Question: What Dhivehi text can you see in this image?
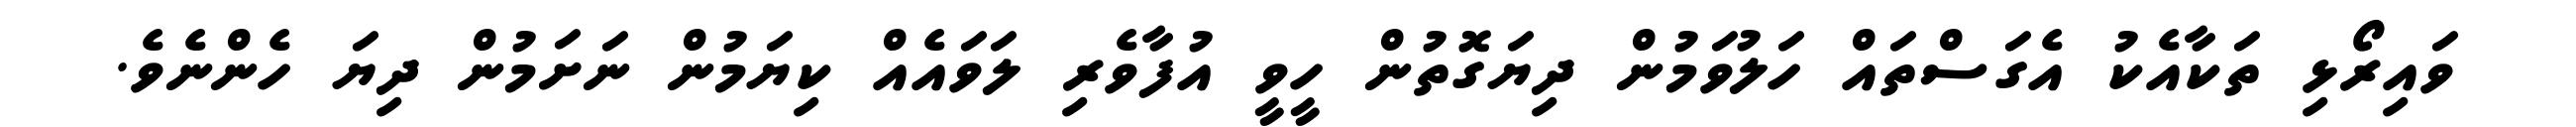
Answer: ވައިރޯޅި ތަކާއެކު އެގަސްތައް ހަލުވަމުން ދިޔަގޮތުން ހީވީ އުފާވެރި ލަވައެއް ކިޔަމުން ނަށަމުން ދިޔަ ހެންނެވެ.